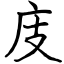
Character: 庋